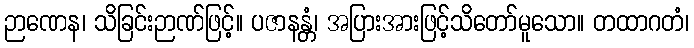
ဉာဏေန၊ သိခြင်းဉာဏ်ဖြင့်။ ပဇာနန္တံ၊ အပြားအားဖြင့်သိတော်မူသော။ တထာဂတံ၊